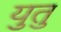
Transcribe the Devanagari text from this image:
युतु